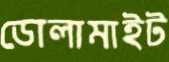
ডোলামাইট